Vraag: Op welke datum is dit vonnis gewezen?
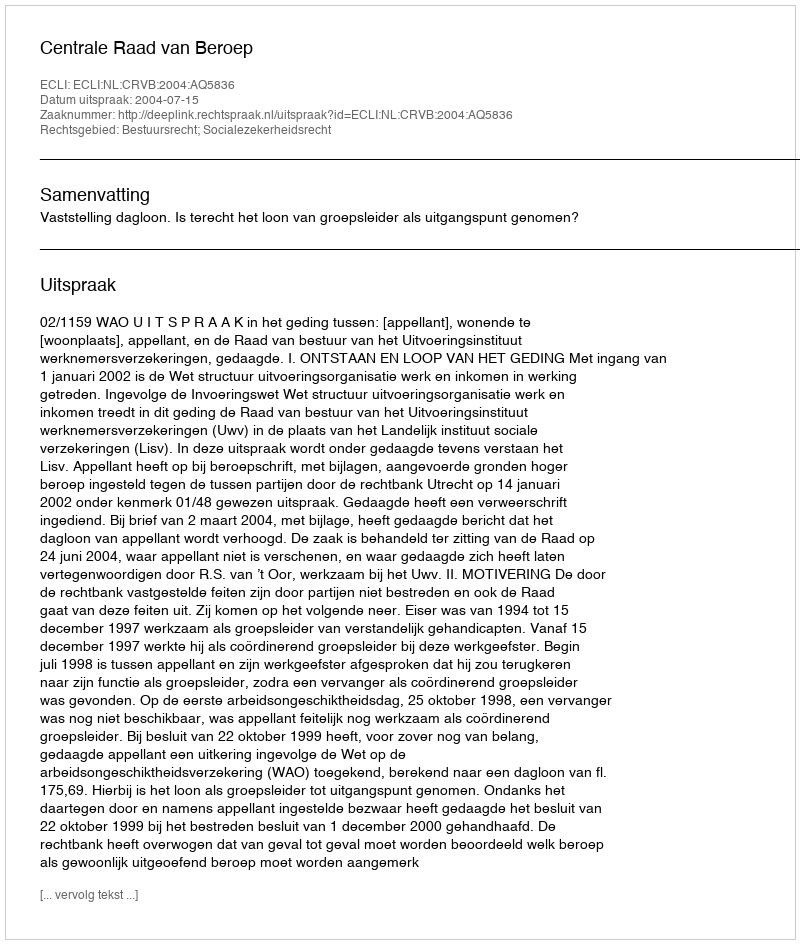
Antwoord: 2004-07-15